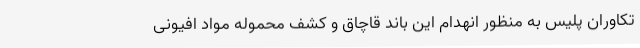
تکاوران پلیس به منظور انهدام این باند قاچاق و کشف محموله مواد افیونی